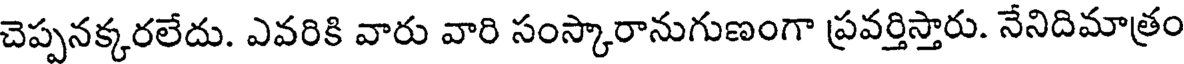
చెప్పనక్కరలేదు. ఎవరికి వారు వారి సంస్కారానుగుణంగా ప్రవర్తిస్తారు. నేనిదిమాత్రం